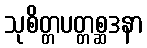
သုစိတ္တပတ္တစ္ဆဒနာ